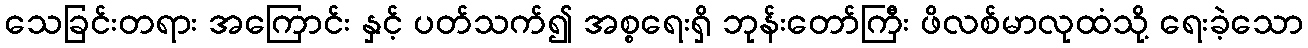
သေခြင်းတရား အကြောင်း နှင့် ပတ်သက်၍ အစ္စရေးရှိ ဘုန်းတော်ကြီး ဖိလစ်မာလုထံသို့ ရေးခဲ့သော